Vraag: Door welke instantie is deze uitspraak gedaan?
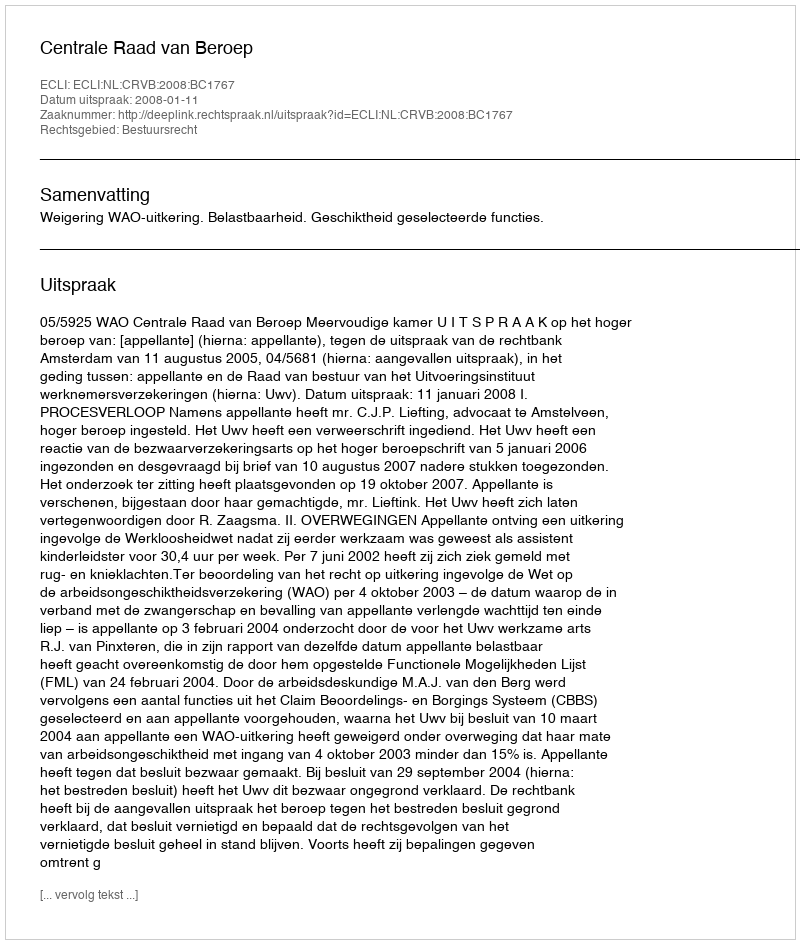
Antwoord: Centrale Raad van Beroep